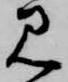
見